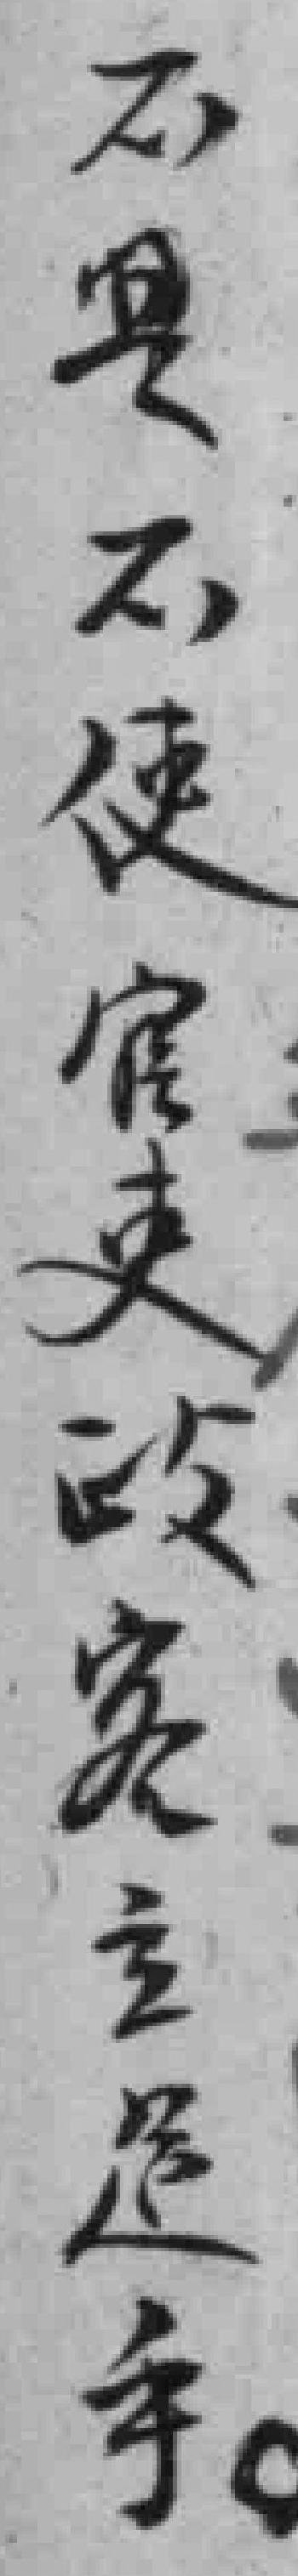
不是不使官吏政客主足手。